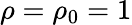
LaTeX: \rho=\rho_{0}=1